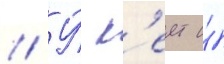
// У́ к'еит и́